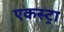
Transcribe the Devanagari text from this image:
एकस्ट्रा